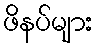
ဖိနပ်များ